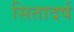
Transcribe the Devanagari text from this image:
सितादर्ष